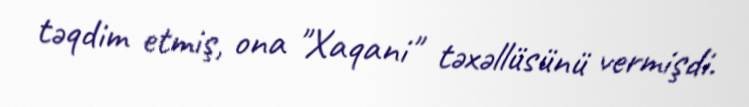
təqdim etmiş, ona "Xaqani" təxəllüsünü vermişdi.